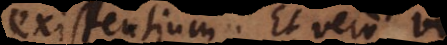
existentium. Et vero vis